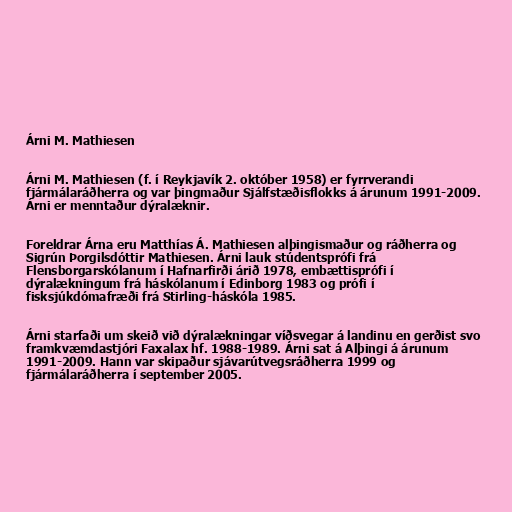
Árni M. Mathiesen

Árni M. Mathiesen (f. í Reykjavík 2. október 1958) er fyrrverandi
fjármálaráðherra og var þingmaður Sjálfstæðisflokks á árunum 1991-2009.
Árni er menntaður dýralæknir.

Foreldrar Árna eru Matthías Á. Mathiesen alþingismaður og ráðherra og
Sigrún Þorgilsdóttir Mathiesen. Árni lauk stúdentsprófi frá
Flensborgarskólanum í Hafnarfirði árið 1978, embættisprófi í
dýralækningum frá háskólanum í Edinborg 1983 og prófi í
fisksjúkdómafræði frá Stirling-háskóla 1985.

Árni starfaði um skeið við dýralækningar víðsvegar á landinu en gerðist svo
framkvæmdastjóri Faxalax hf. 1988-1989. Árni sat á Alþingi á árunum
1991-2009. Hann var skipaður sjávarútvegsráðherra 1999 og
fjármálaráðherra í september 2005.